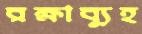
রক্ষাব্যূহ